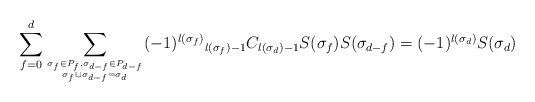
\begin{align*}\sum_{f=0}^{d}\sum_{{\sigma_{f}\in P_{f},\sigma_{d-f}\in P_{d-f}}\atop{\sigma_{f}\cup\sigma_{d-f}=\sigma_{d}}}(-1)^{l(\sigma_{f})}{}_{l(\sigma_{f})-1}C_{l(\sigma_{d})-1}S(\sigma_{f})S(\sigma_{d-f}) =(-1)^{l(\sigma_{d})}S(\sigma_{d})\end{align*}